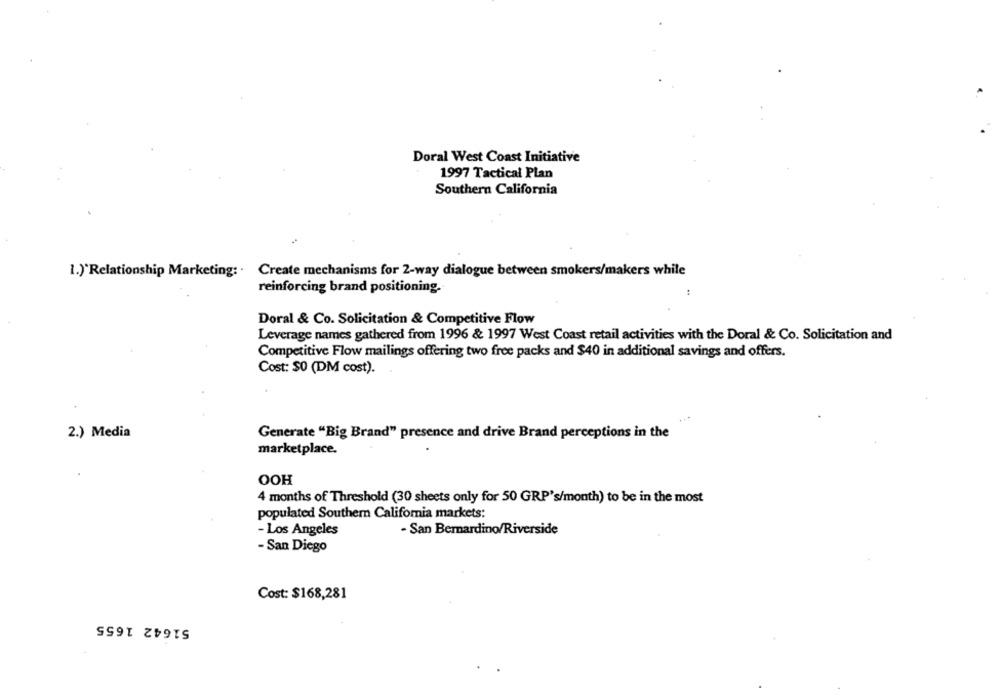
Doral West Coast Initiative
1997 Tactical Plan
Southern California
1.)'Relationship Marketing: . Create mechanisms for 2-way dialogue between smokers/makers while
reinforcing brand positioning.
:
Doral & Co. Solicitation & Competitive Flow
Leverage names gathered from 1996 & 1997 West Coast retail activities with the Doral & Co. Solicitation and
Competitive Flow mailings offering two free packs and $40 in additional savings and offers.
Cost: $0 (DM cost).
...
2.) Media
Generate "Big Brand" presence and drive Brand perceptions in the
marketplace.
OOH
4 months of Threshold (30 sheets only for 50 GRP's/month) to be in the most
populated Southern California markets:
- Los Angeles
- San Bernardino/Riverside
- San Diego
Cost: $168,281
51642 1655